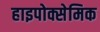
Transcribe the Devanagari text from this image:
हाइपोक्सेमिक